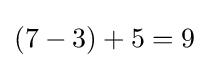
(7-3)+5=9